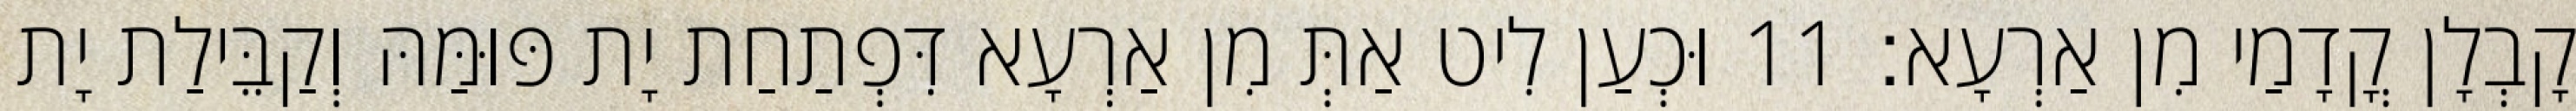
קָבְלָן קֳדָמַי מִן אַרְעָא׃ 11 וּכְעַן לִיט אַתְּ מִן אַרְעָא דִּפְתַחַת יָת פּוּמַּהּ וְקַבֵּילַת יָת